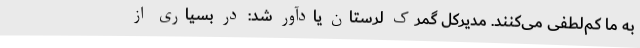
به ما کم‌لطفی می‌کنند. مدیرکل گمرک لرستان یادآور شد: در بسیاری از